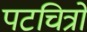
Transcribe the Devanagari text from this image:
पटचित्रों